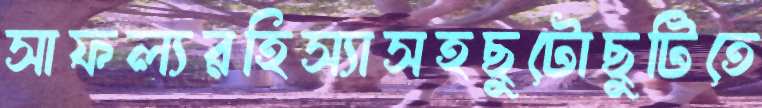
সাফল্যরহিস্যাসহছুটোছুটিতে